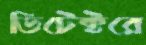
ডিটেক্টরে